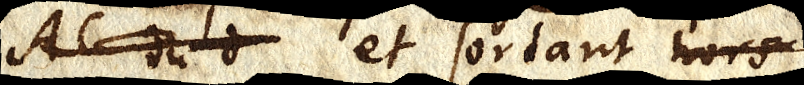
alc_ et sortant _